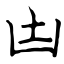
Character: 凷